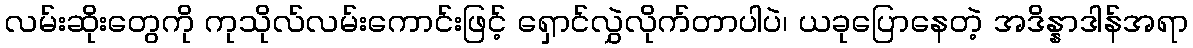
လမ်းဆိုးတွေကို ကုသိုလ်လမ်းကောင်းဖြင့် ရှောင်လွှဲလိုက်တာပါပဲ၊ ယခုပြောနေတဲ့ အဒိန္နာဒါန်အရာ